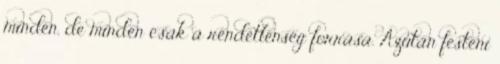
minden, de minden csak a rendetlenség forrása. Azután festeni